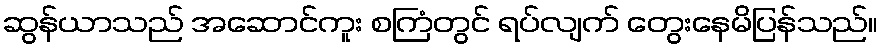
ဆွန်ယာသည် အဆောင်ကူး စကြံတွင် ရပ်လျက် တွေးနေမိပြန်သည်။